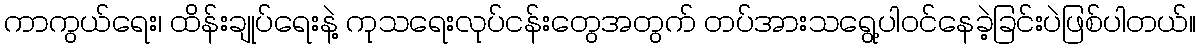
ကာကွယ်ရေး၊ ထိန်းချုပ်ရေးနဲ့ ကုသရေးလုပ်ငန်းတွေအတွက် တပ်အားသရွေ့ပါဝင်နေခဲ့ခြင်းပဲဖြစ်ပါတယ်။